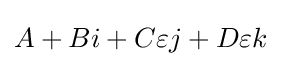
A+Bi+C\varepsilon j+D\varepsilon k